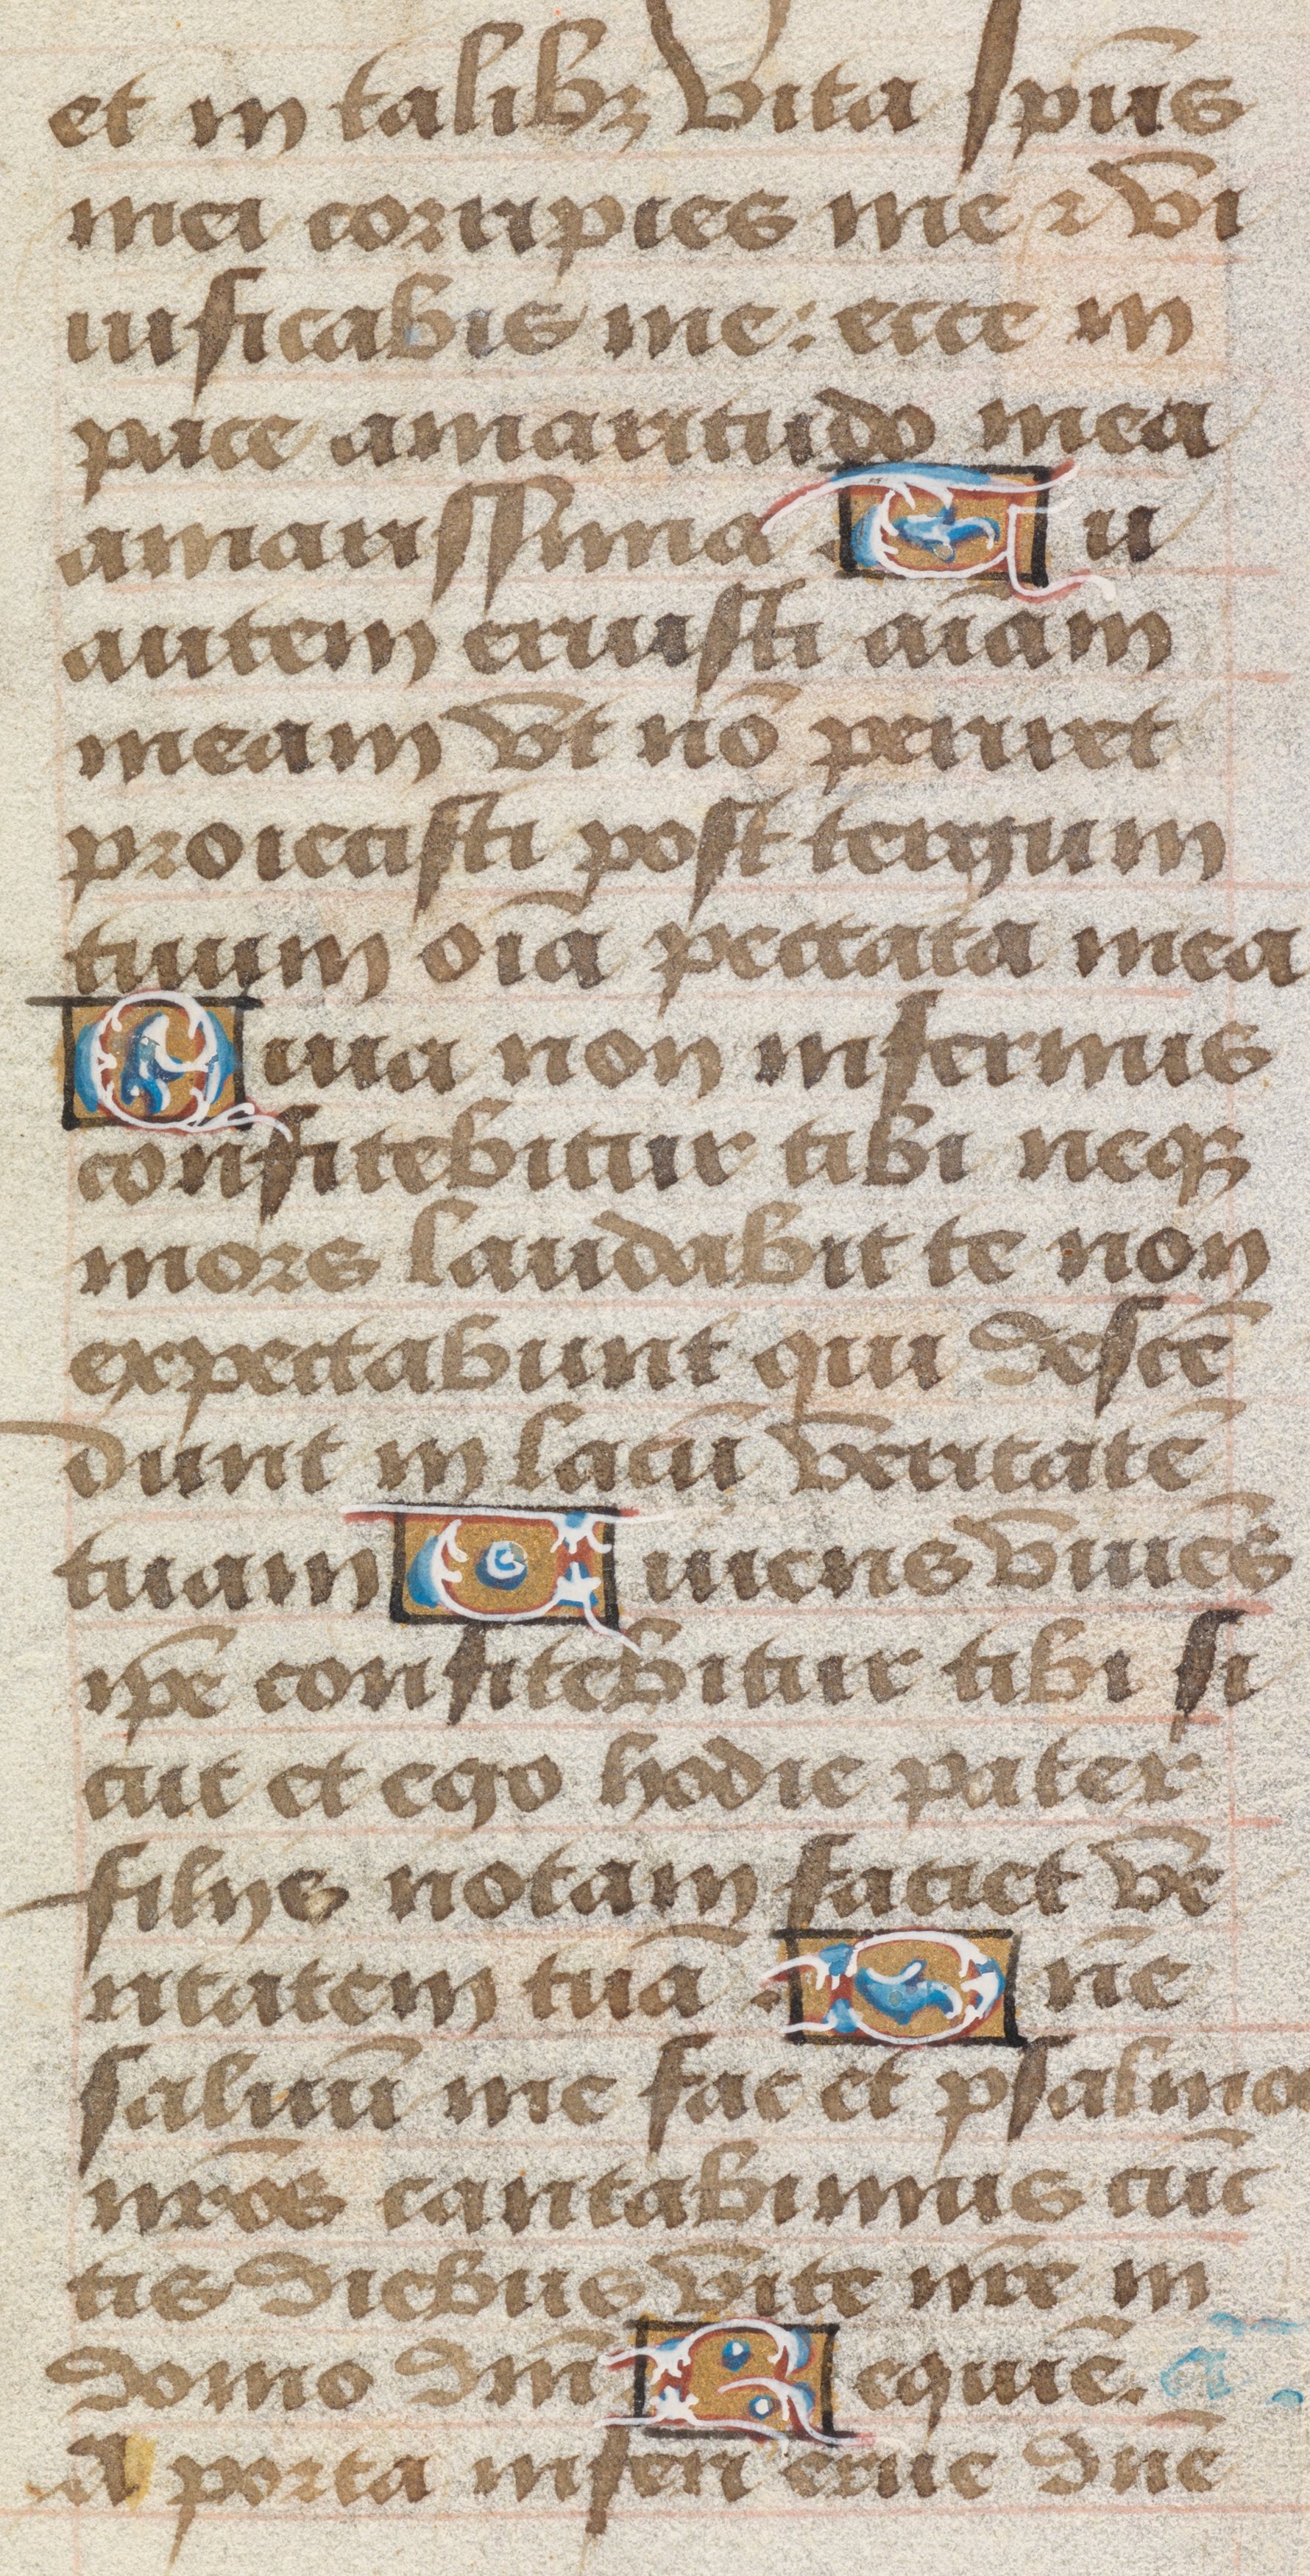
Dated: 1485–1515